NAE_eestikeelseid_kaarte, lk 1
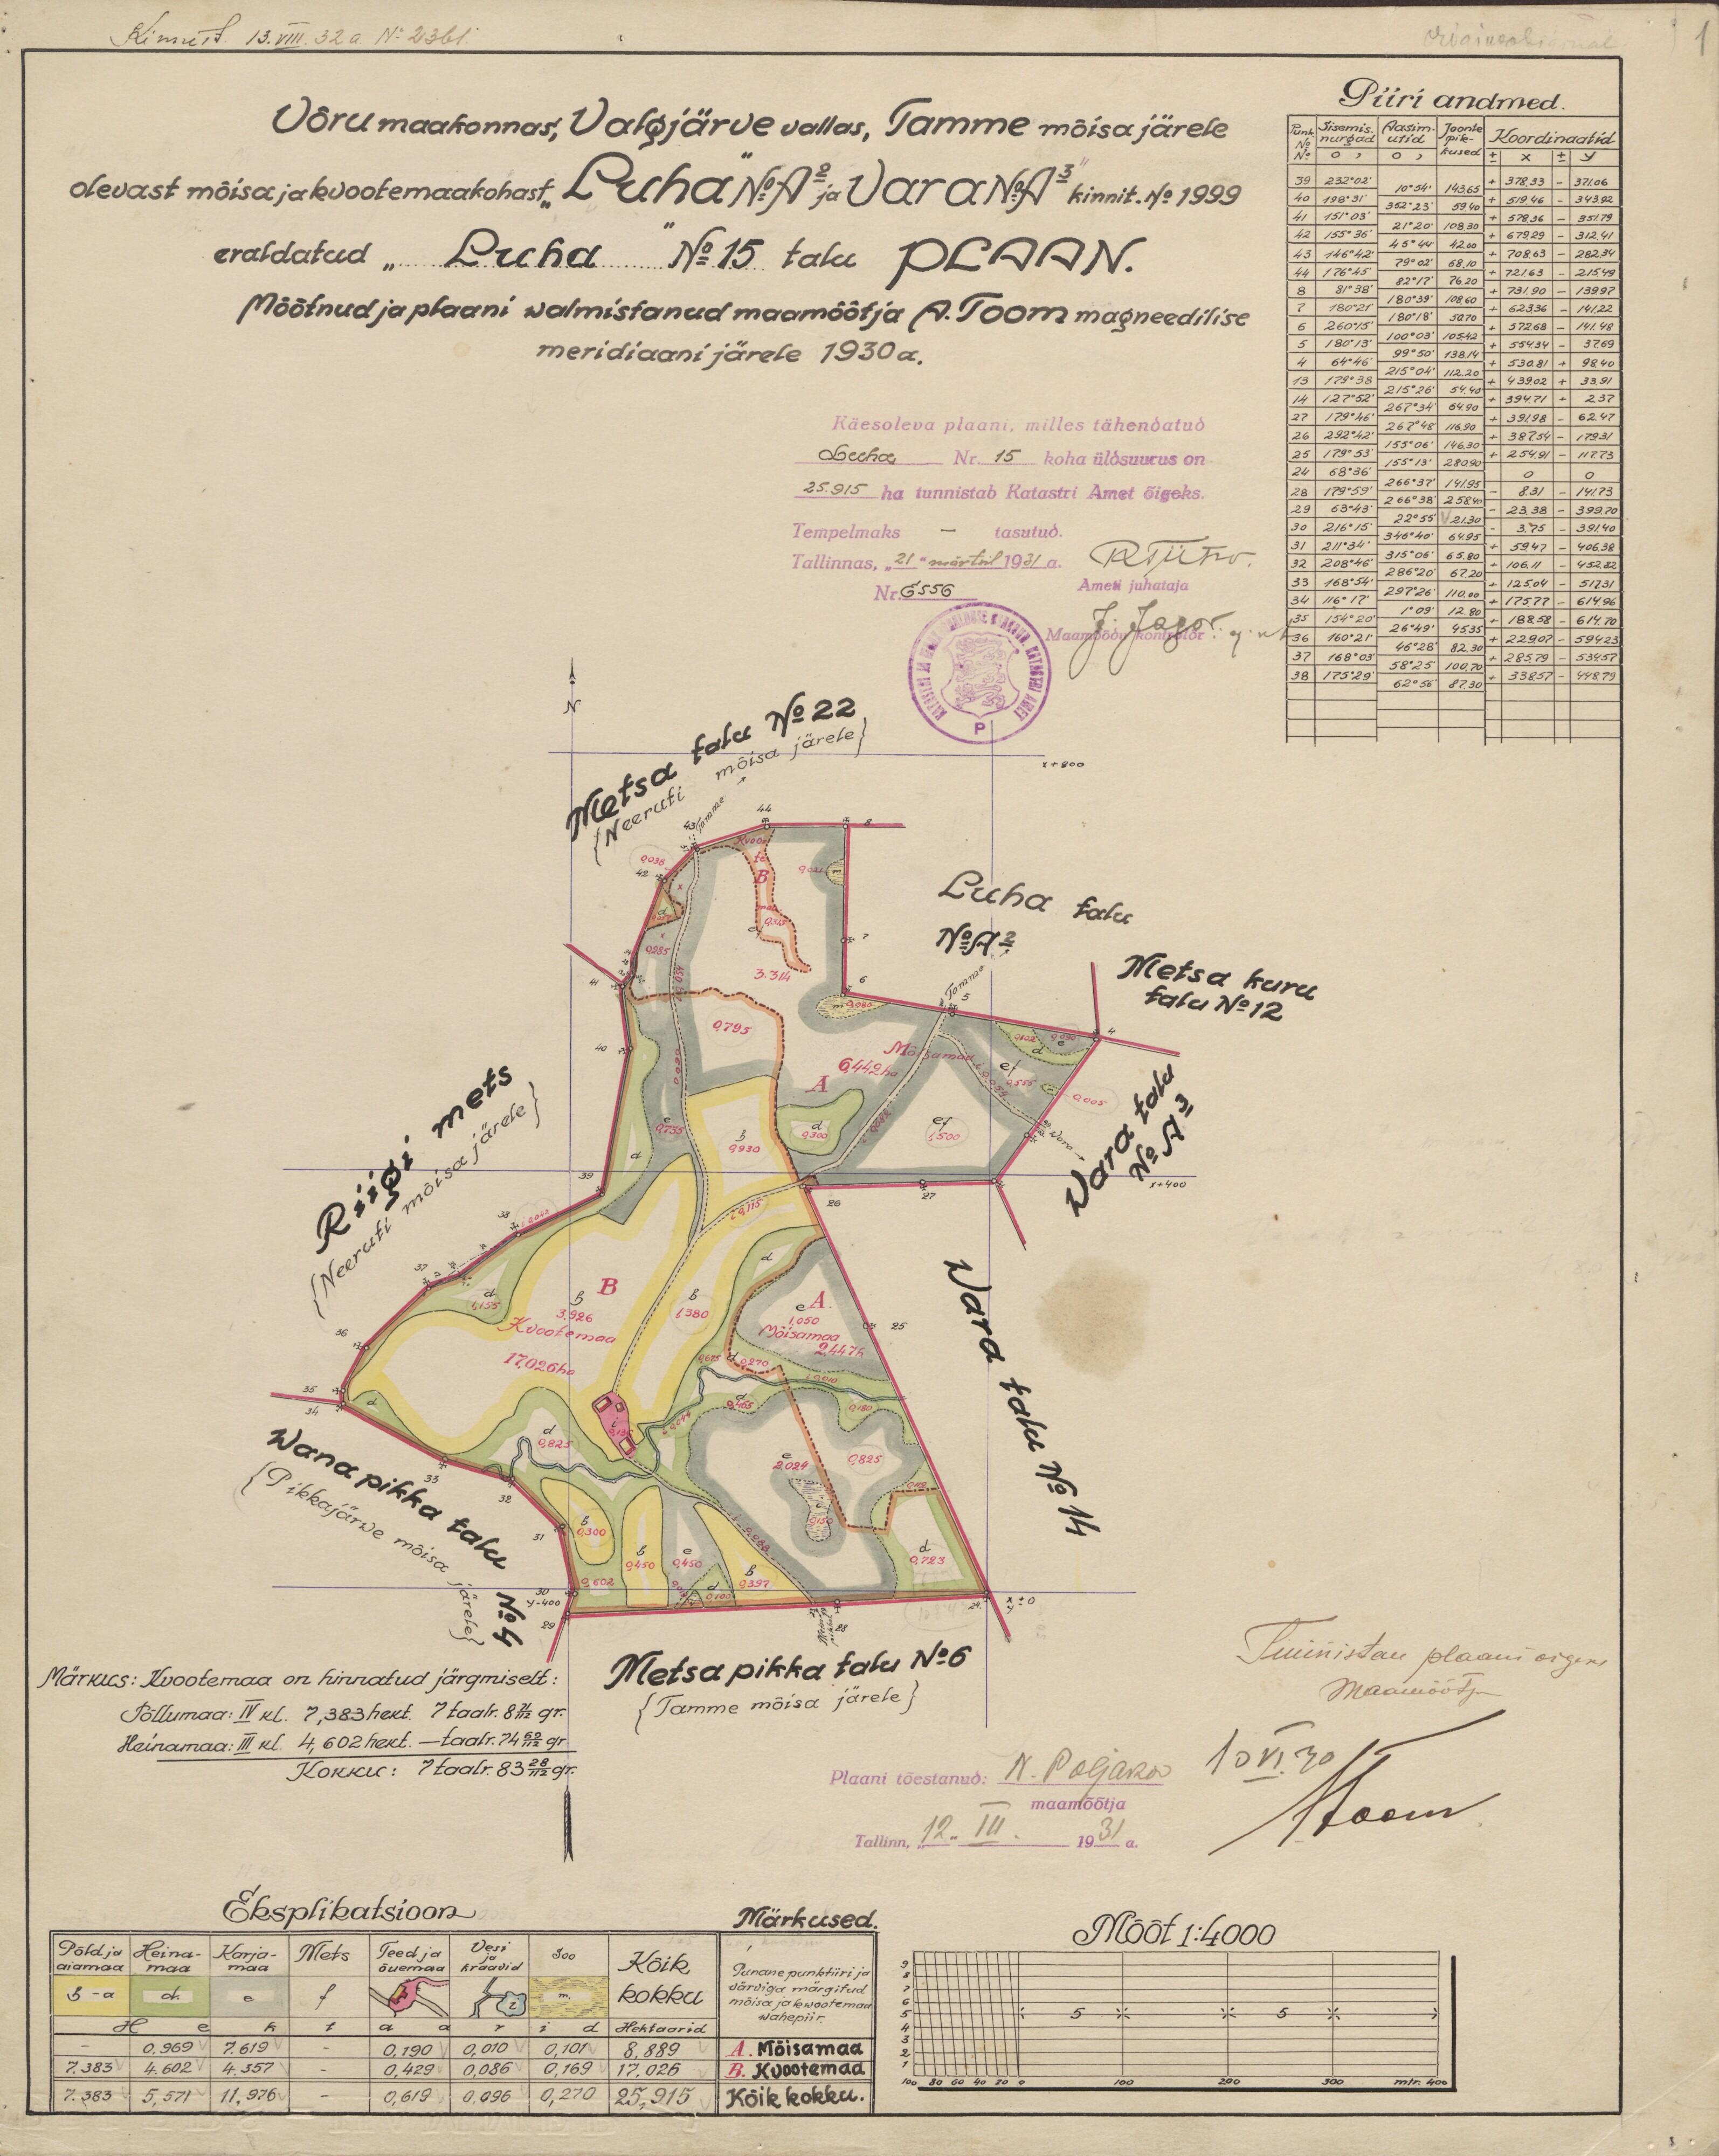
Kinnit. 13. VIII 32a.  No: 2361.
Piiri andmed.
Võru maakonnas, Valgjärve vallas, Tamme mõisa järele
Koordinaatid
olevast mõisa ja kvootemaakohast "Luha" No: A2 ja Vara No: A3 kinnit. No: 1999
eraldatud "Luha" No: 15 talu PLAAN.
Mõõtnud ja plaani walmistanud maamõõtja A. Toom magneedilise
meridiaani järele 1930 a.
Käesoleva plaani, milles tähendatud
Luha No: 15 koha üldsuurus on
25.915 ha tunnistab Kadastri Amet õigeks.
Tempelmaks - tasutud.
Tallinnas "21" märtsil 1931 a.
Ameti juhataja
Nr. E556
Tunnistan plaani õigeks
Metsapikka talu No: 6
Märkus: Kvootemaa on hinnatud järgmiselt:
Maamõõtja
Tamme mõisa järele
Põllumaa: IV kl. 7,383 hekt. 7 taalr. 8 71/112 gr.
Heinamaa: III kI 4,602 hekt. - taalr. 74 62/112 gr
Kokku: 7 taalr. 83 28/112 gr.
Plaani tõestanud: N. Poljaka
maamõõtja
Tallinn "12" III 1931a.
Eksplikatsioon
Märkused.
Mõõt 1:4000
Vesi
Põld ja
Heina-
Karja-
Teed ja
Soo
Mets
õuemaa
Punane punktiiri ja
aiamaa
maa
Kõik
värviga märgitud
kokku
mõisa ja kwootemaa
A. Mõisamaa
B. Kvootemaa
Kõik kokku.